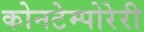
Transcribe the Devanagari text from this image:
कोनटेम्पोरेरी